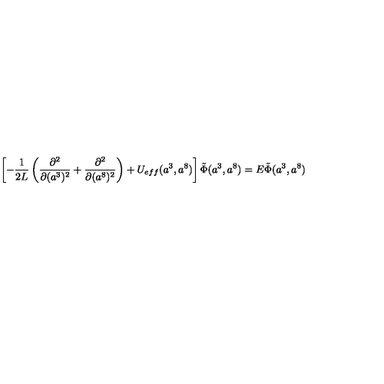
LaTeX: \left[ - \frac { 1 } { 2 L } \left( \frac { \partial ^ { 2 } } { \partial ( a ^ { 3 } ) ^ { 2 } } + \frac { \partial ^ { 2 } } { \partial ( a ^ { 8 } ) ^ { 2 } } \right) + U _ { e f f } ( a ^ { 3 } , a ^ { 8 } ) \right] \tilde { \Phi } ( a ^ { 3 } , a ^ { 8 } ) = E \tilde { \Phi } ( a ^ { 3 } , a ^ { 8 } )